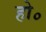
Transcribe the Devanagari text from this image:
हो॰